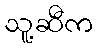
သူ့ဆီက